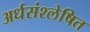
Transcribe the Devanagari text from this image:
अर्धसंश्लेषित